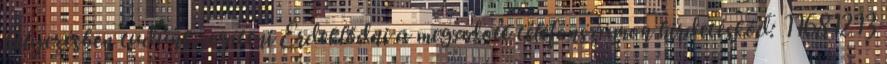
helyezésben tudunk segíteni Érdeklődni a megadott telefonszámon hirdetéskód: 11681213